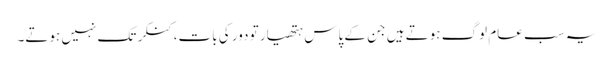
یہ سب عام لوگ ہوتے ہیں جن کے پاس ہتھیار تو دور کی بات،کنکر تک نہیں ہوتے۔